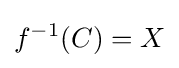
f^{-1}(C)=X